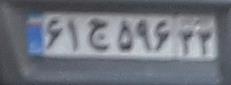
۶۱ج۵۹۶۲۲